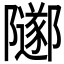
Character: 𨽛